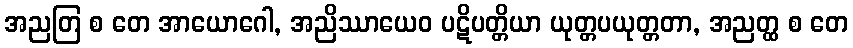
အညတြ စ တေ အာယောဂေါ, အညိဿာယေဝ ပဋိပတ္တိယာ ယုတ္တပယုတ္တတာ, အညတ္ထ စ တေ